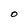
Character: O